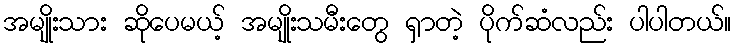
အမျိုးသား ဆိုပေမယ့် အမျိုးသမီးတွေ ရှာတဲ့ ပိုက်ဆံလည်း ပါပါတယ်။